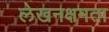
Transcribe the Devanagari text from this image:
लेखनक्षमता